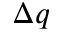
\Delta q